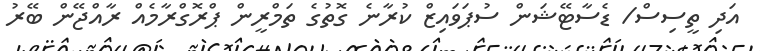
އަދި ތީސިސް/ ޑެސާޓޭޝަން ސުޕަވައިޒް ކުރާނެ ގޮތުގެ ތަމްރީން ޕްރޮގްރާމެއް ރާއްޖޭން ބޭރު